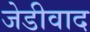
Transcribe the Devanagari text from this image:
जेडीवाद